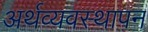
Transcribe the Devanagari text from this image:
अर्थव्यवस्थापन